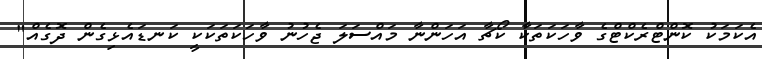
އެކަމަކު ކޮންޓްރެކްޓްގެ ވާހަކަތަކާ ކޯޗާ އަހަންނާ މައްސަލަ ޖެހުނު ވާހަކަތަކަކީ ކަނޑައެޅިގެން ދޮގެއް"